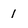
Character: 1